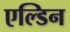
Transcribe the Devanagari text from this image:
एल्डिन